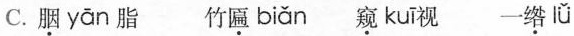
C.胭 yān 脂 竹匾 biǎn 窥 kuī 视一绺lǚ